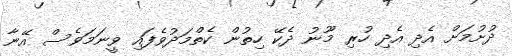
ދުށުމަށް އެދި އެދި ހުރި މޫނު ދެކޭ ހިތުން ކެތްމަދުވެފައި ވީނަމަވެސް އޭނާ